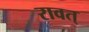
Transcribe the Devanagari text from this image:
रावत्